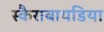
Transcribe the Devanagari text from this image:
स्कैराबायडिया